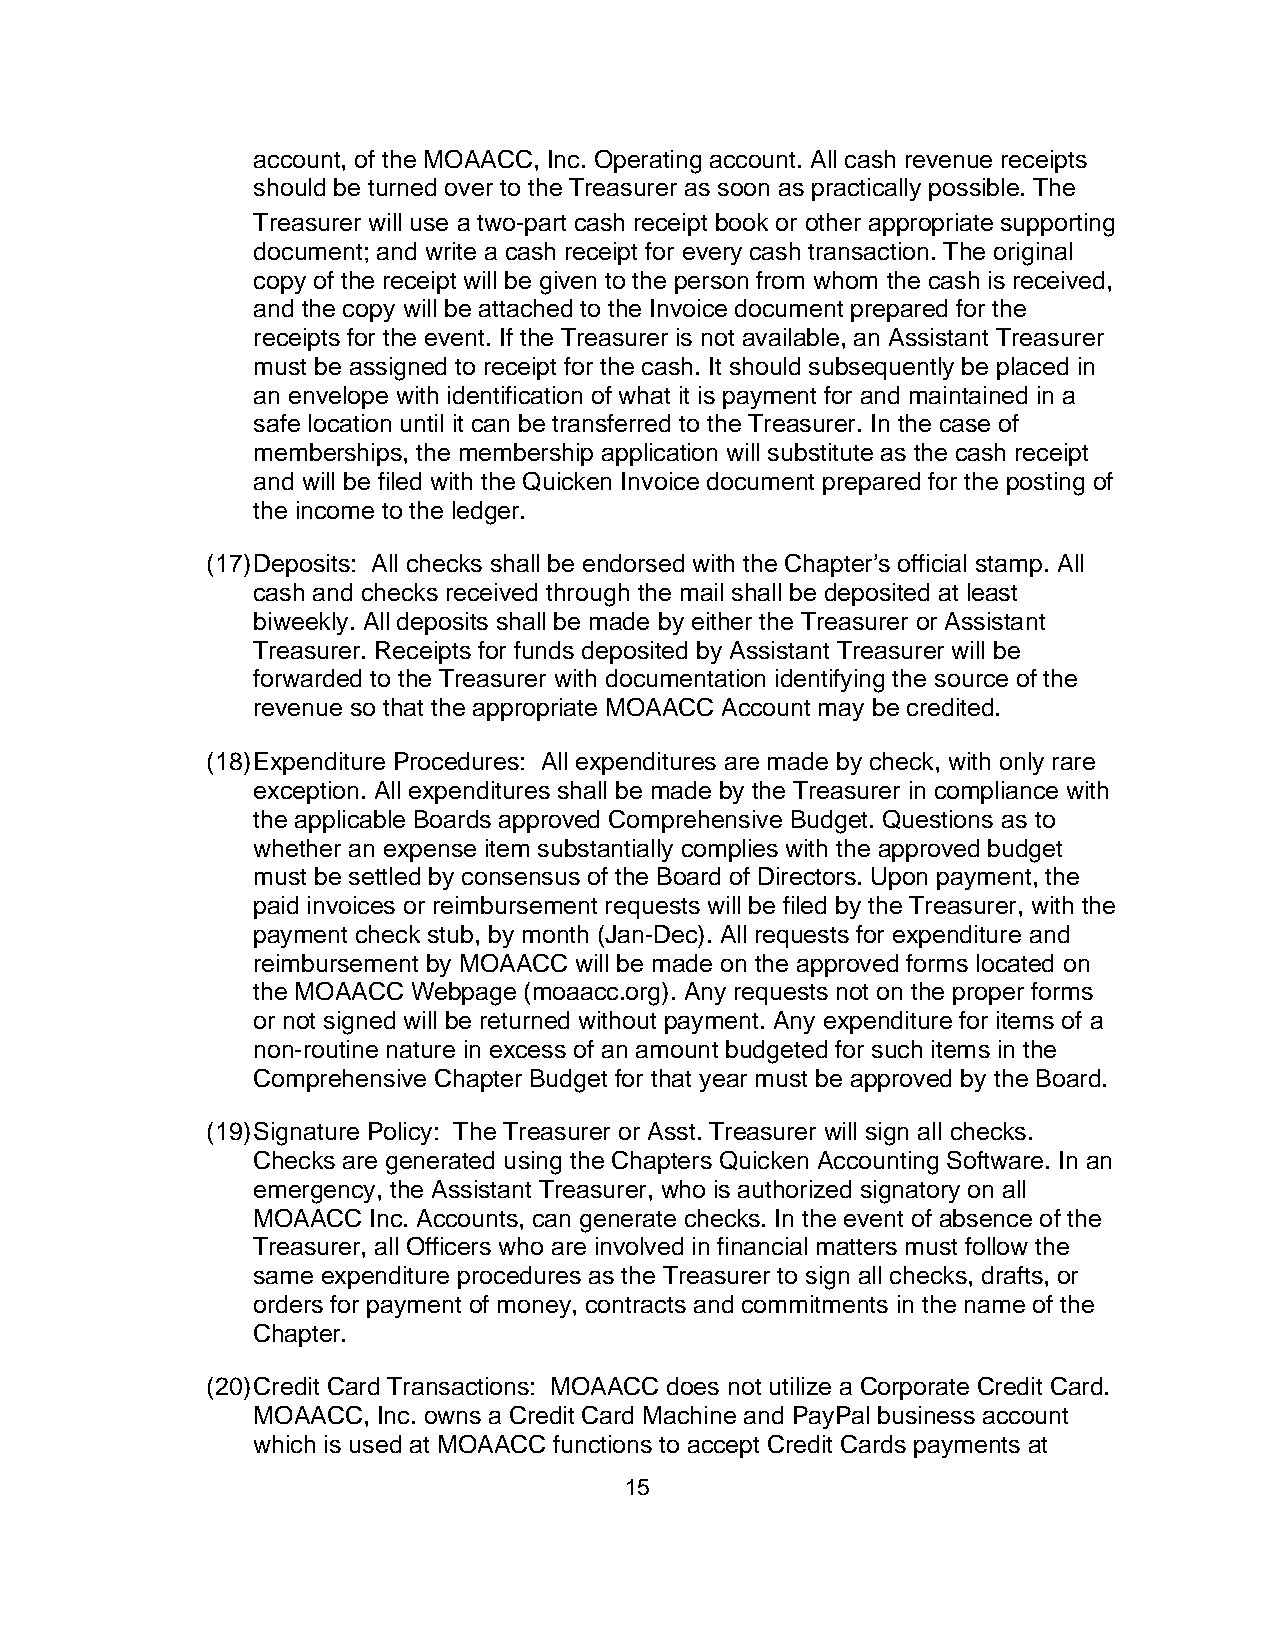
account, of the MOAACC, Inc. Operating account. All cash revenue receipts
 should be turned over to the Treasurer as soon as practically possible. The
 Treasurer will use a two-part cash receipt book or other appropriate supporting
 document; and write a cash receipt for every cash transaction. The original
 copy of the receipt will be given to the person from whom the cash is received,
 and the copy will be attached to the Invoice document prepared for the
 receipts for the event. If the Treasurer is not available, an Assistant Treasurer
 must be assigned to receipt for the cash. It should subsequently be placed in
 an envelope with identification of what it is payment for and maintained in a
 safe location until it can be transferred to the Treasurer. In the case of
 memberships, the membership application will substitute as the cash receipt
 and will be filed with the Quicken Invoice document prepared for the posting of
 the income to the ledger.
 (17) Deposits: All checks shall be endorsed with the Chapter’s official stamp. All
 cash and checks received through the mail shall be deposited at least
 biweekly. All deposits shall be made by either the Treasurer or Assistant
 Treasurer. Receipts for funds deposited by Assistant Treasurer will be
 forwarded to the Treasurer with documentation identifying the source of the
 revenue so that the appropriate MOAACC Account may be credited.
 (18) Expenditure Procedures: All expenditures are made by check, with only rare
 exception. All expenditures shall be made by the Treasurer in compliance with
 the applicable Boards approved Comprehensive Budget. Questions as to
 whether an expense item substantially complies with the approved budget
 must be settled by consensus of the Board of Directors. Upon payment, the
 paid invoices or reimbursement requests will be filed by the Treasurer, with the
 payment check stub, by month (Jan-Dec). All requests for expenditure and
 reimbursement by MOAACC will be made on the approved forms located on
 the MOAACC Webpage (moaacc.org). Any requests not on the proper forms
 or not signed will be returned without payment. Any expenditure for items of a
 non-routine nature in excess of an amount budgeted for such items in the
 Comprehensive Chapter Budget for that year must be approved by the Board.
 (19) Signature Policy: The Treasurer or Asst. Treasurer will sign all checks.
 Checks are generated using the Chapters Quicken Accounting Software. In an
 emergency, the Assistant Treasurer, who is authorized signatory on all
 MOAACC Inc. Accounts, can generate checks. In the event of absence of the
 Treasurer, all Officers who are involved in financial matters must follow the
 same expenditure procedures as the Treasurer to sign all checks, drafts, or
 orders for payment of money, contracts and commitments in the name of the
 Chapter.
 (20) Credit Card Transactions: MOAACC does not utilize a Corporate Credit Card.
 MOAACC, Inc. owns a Credit Card Machine and PayPal business account
 which is used at MOAACC functions to accept Credit Cards payments at
 15